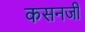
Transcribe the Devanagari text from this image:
कसनजी